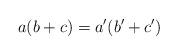
LaTeX: \begin{align*} a(b+c)=a'(b'+c')\end{align*}